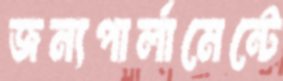
জন্যপার্লামেন্টে